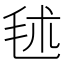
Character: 𣭍